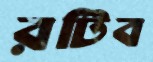
রটিব